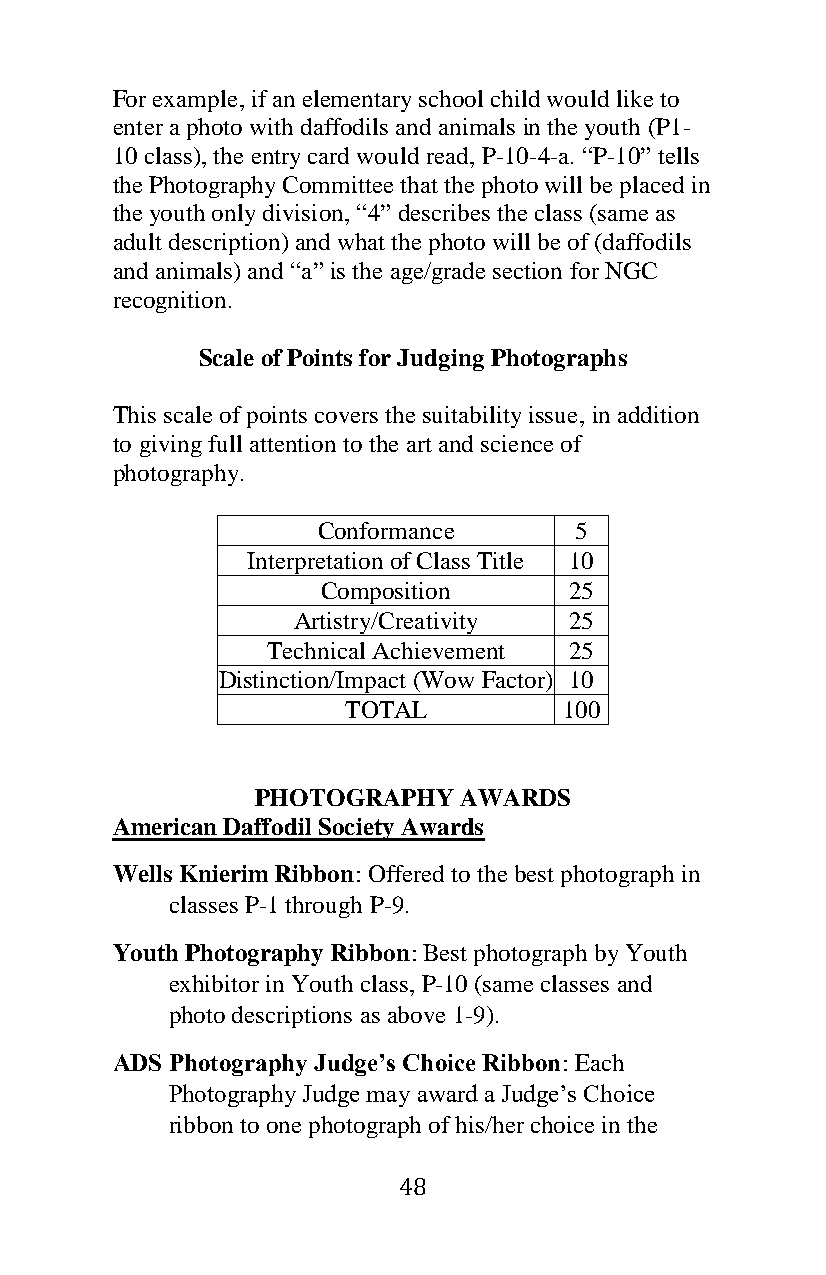
For example, if an elementary school child would like to
 enter a photo with daffodils and animals in the youth (P1-
 10 class), the entry card would read, P-10-4-a. “P-10” tells
 the Photography Committee that the photo will be placed in
 the youth only division, “4” describes the class (same as
 adult description) and what the photo will be of (daffodils
 and animals) and “a” is the age/grade section for NGC
 recognition.
 Scale of Points for Judging Photographs
 This scale of points covers the suitability issue, in addition
 to giving full attention to the art and science of
 photography.
 Conformance      5
 Interpretation of Class Title 10
 Composition      25
 Artistry/Creativity 25
 Technical Achievement 25
 Distinction/Impact (Wow Factor) 10
 TOTAL         100
 PHOTOGRAPHY  AWARDS
 American Daffodil Society Awards
 Wells Knierim Ribbon: Offered to the best photograph in
 classes P-1 through P-9.
 Youth Photography Ribbon: Best photograph by Youth
 exhibitor in Youth class, P-10 (same classes and
 photo descriptions as above 1-9).
 ADS Photography Judge’s Choice Ribbon: Each
 Photography Judge may award a Judge’s Choice
 ribbon to one photograph of his/her choice in the
 48